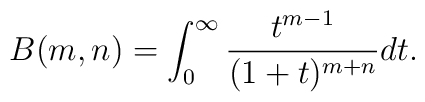
B(m,n)=\int_0^{\infty}\frac{t^{m-1}}{(1+t)^{m+n}} dt.